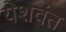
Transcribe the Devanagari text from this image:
येशवंत